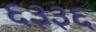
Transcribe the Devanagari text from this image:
६३३६